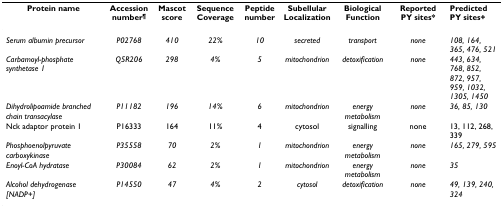
<table><thead><tr><td><b>Protein name</b></td><td><b>Accession number<sup>¶</sup></b></td><td><b>Mascot score</b></td><td><b>Sequence Coverage</b></td><td><b>Peptide number</b></td><td><b>Subellular Localization</b></td><td><b>Biological Function</b></td><td><b>Reported PY sites*</b></td><td><b>Predicted PY sites+</b></td></tr></thead><tbody><tr><td><i>Serum albumin precursor</i></td><td><i>P02768</i></td><td><i>410</i></td><td><i>22%</i></td><td><i>10</i></td><td><i>secreted</i></td><td><i>transport</i></td><td><i>none</i></td><td><i>108, 164, 365, 476, 521</i></td></tr><tr><td><i>Carbamoyl-phosphate synthetase 1</i></td><td><i>Q5R206</i></td><td><i>298</i></td><td><i>4%</i></td><td><i>5</i></td><td><i>mitochondrion</i></td><td><i>detoxification</i></td><td><i>none</i></td><td><i>443, 634, 768, 852, 872, 957, 959, 1032, 1305, 1450</i></td></tr><tr><td><i>Dihydrolipoamide branched chain transacylase</i></td><td><i>P11182</i></td><td><i>196</i></td><td><i>14%</i></td><td><i>6</i></td><td><i>mitochondrion</i></td><td><i>energy metabolism</i></td><td><i>none</i></td><td><i>36, 85, 130</i></td></tr><tr><td>Nck adaptor protein 1</td><td>P16333</td><td>164</td><td>11%</td><td>4</td><td>cytosol</td><td>signalling</td><td>none</td><td>13, 112, 268, 339</td></tr><tr><td><i>Phosphoenolpyruvate carboxykinase</i></td><td><i>P35558</i></td><td><i>70</i></td><td><i>2%</i></td><td><i>1</i></td><td><i>mitochondrion</i></td><td><i>energy metabolism</i></td><td><i>none</i></td><td><i>165, 279, 595</i></td></tr><tr><td><i>Enoyl-CoA hydratase</i></td><td><i>P30084</i></td><td><i>62</i></td><td><i>2%</i></td><td><i>1</i></td><td><i>mitochondrion</i></td><td><i>energy metabolism</i></td><td><i>none</i></td><td><i>35</i></td></tr><tr><td><i>Alcohol dehydrogenase [NADP+]</i></td><td><i>P14550</i></td><td><i>47</i></td><td><i>4%</i></td><td><i>2</i></td><td><i>cytosol</i></td><td><i>detoxification</i></td><td><i>none</i></td><td><i>49, 139, 240, 324</i></td></tr></tbody></table>